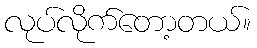
လုပ်လိုက်တော့တယ်။